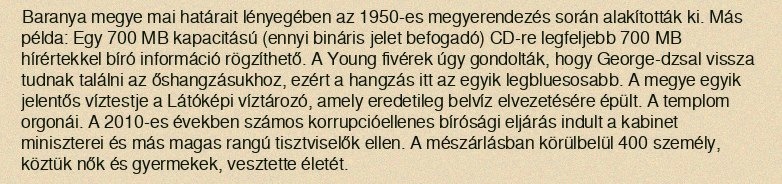
Baranya megye mai határait lényegében az 1950-es megyerendezés során alakították ki. Más példa: Egy 700 MB kapacitású (ennyi bináris jelet befogadó) CD-re legfeljebb 700 MB hírértekkel bíró információ rögzíthető. A Young fivérek úgy gondolták, hogy George-dzsal vissza tudnak találni az őshangzásukhoz, ezért a hangzás itt az egyik legbluesosabb. A megye egyik jelentős víztestje a Látóképi víztározó, amely eredetileg belvíz elvezetésére épült. A templom orgonái. A 2010-es években számos korrupcióellenes bírósági eljárás indult a kabinet miniszterei és más magas rangú tisztviselők ellen. A mészárlásban körülbelül 400 személy, köztük nők és gyermekek, vesztette életét.